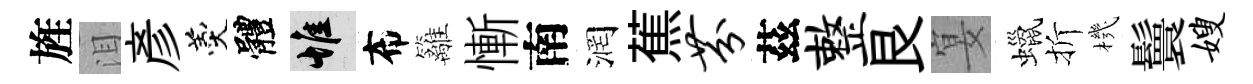
旌泪彥羹體惟布籬慚南润蕉芬茲整艮宴蠟折機鬟嫂